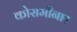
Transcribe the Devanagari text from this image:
कोसमीनार